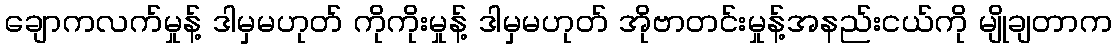
ချောကလက်မှုန့် ဒါမှမဟုတ် ကိုကိုးမှုန့် ဒါမှမဟုတ် အိုဗာတင်းမှုန့်အနည်းငယ်ကို မျိုချတာက